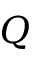
Q